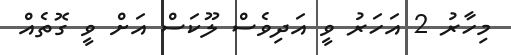
މިހާރު 2 އަހަރު ވީ އަދިވެސް ލޫކަސް އަށް ވީ ގޮތެއް